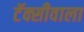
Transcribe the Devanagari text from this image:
टॅक्सीवाला